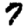
Digit: 7